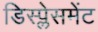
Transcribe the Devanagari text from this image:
डिस्प्लेसमेंट